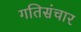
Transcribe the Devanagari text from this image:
गतिसंचार